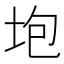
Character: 垉